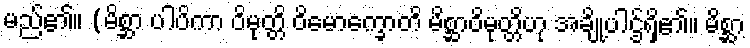
မည်၏။ (မိစ္ဆာ ပါပိကာ ဝိမုတ္တိ ဝိမောက္ခောတိ မိစ္ဆာဝိမုတ္တိဟု အချို့ပါဌ်ရှိ၏။ မိစ္ဆာ